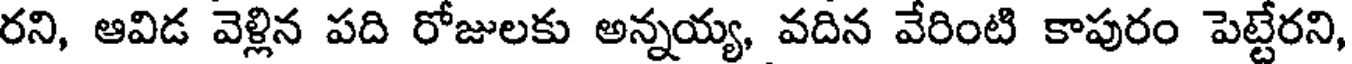
రని, ఆవిడ వెళ్లిన పది రోజులకు అన్నయ్య, వదిన వేరింటి కాపురం పెట్టేరని,